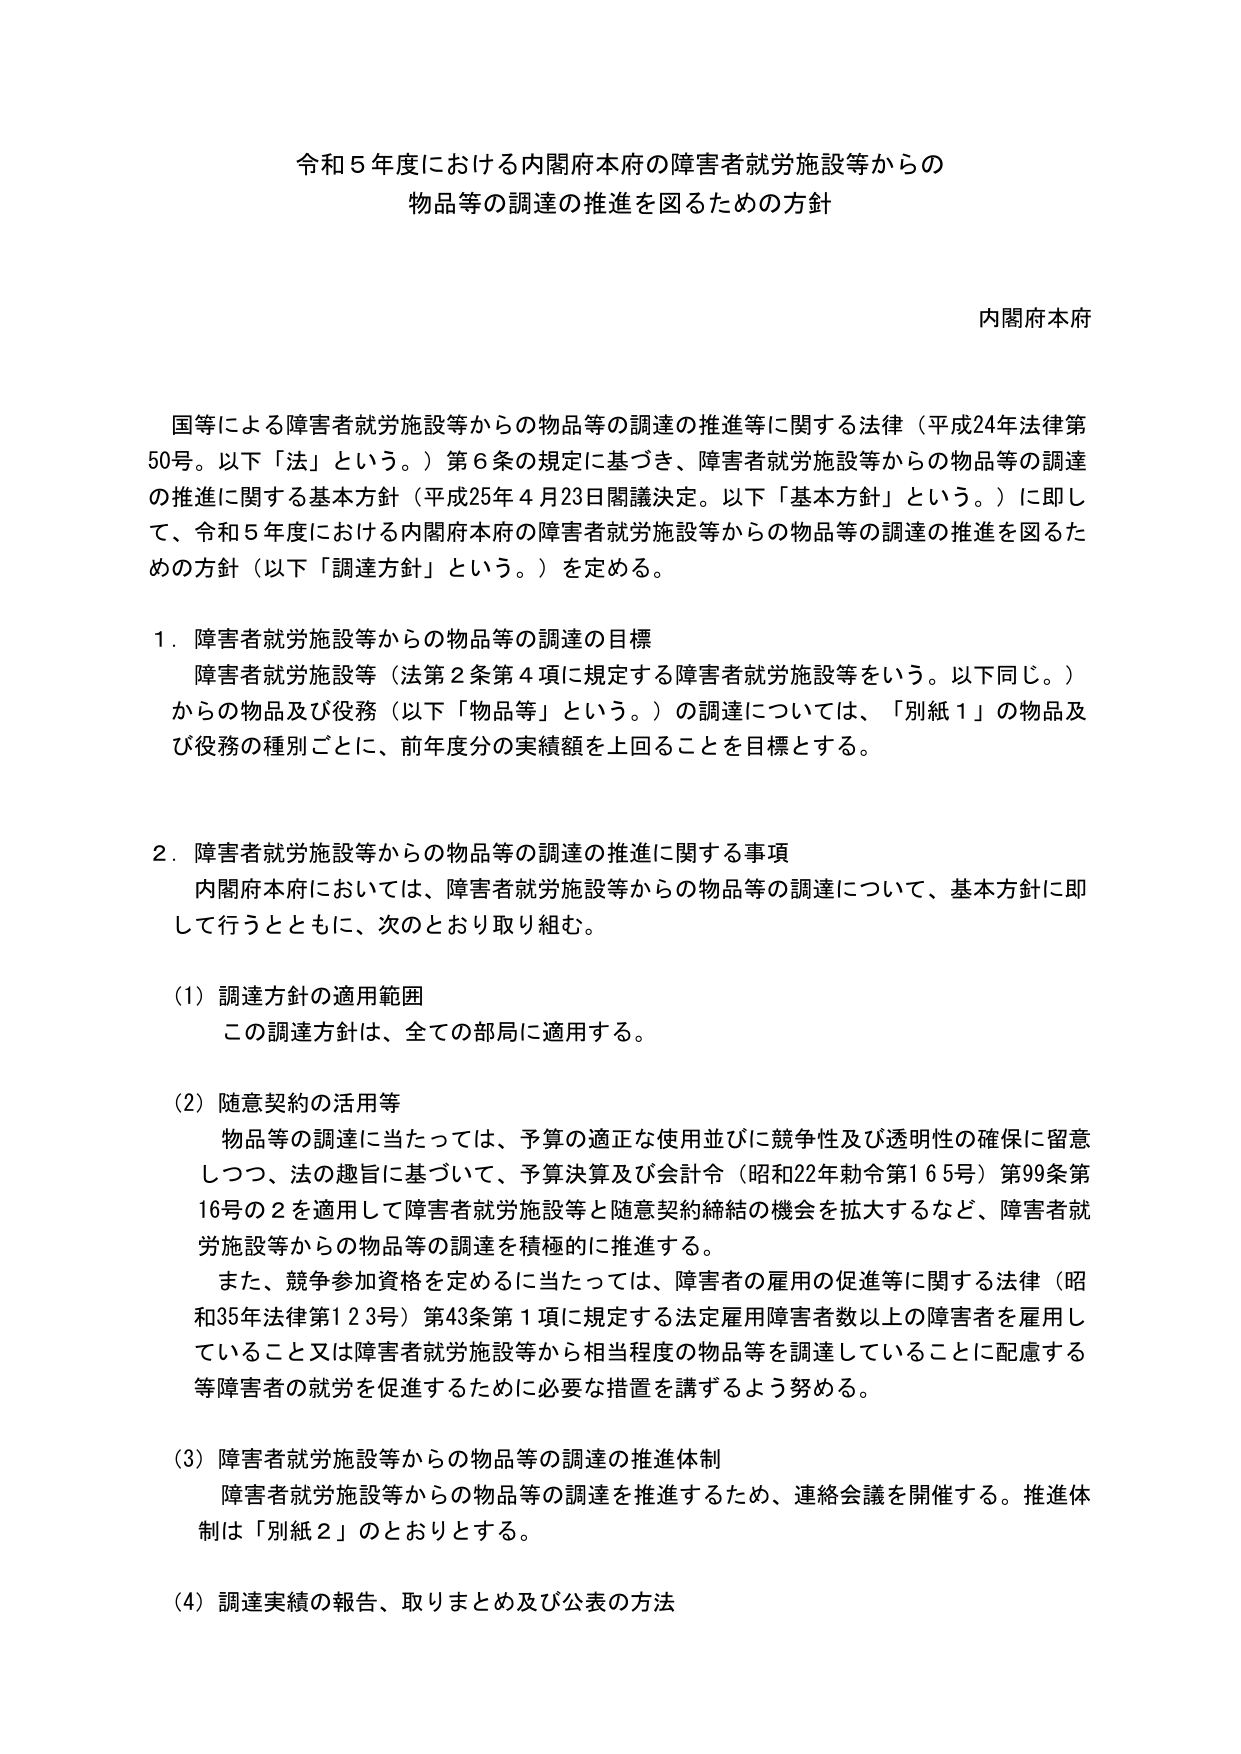
令和５年度における内閣府本府の障害者就労施設等からの
物品等の調達の推進を図るための方針

内閣府本府

国等による障害者就労施設等からの物品等の調達の推進等に関する法律（平成24年法律第
50号。以下「法」という。）第６条の規定に基づき、障害者就労施設等からの物品等の調達
の推進に関する基本方針（平成25年４月23日閣議決定。以下「基本方針」という。）に即し
て、令和５年度における内閣府本府の障害者就労施設等からの物品等の調達の推進を図るた
めの方針（以下「調達方針」という。）を定める。

１．障害者就労施設等からの物品等の調達の目標
　障害者就労施設等（法第２条第４項に規定する障害者就労施設等をいう。以下同じ。）
　からの物品及び役務（以下「物品等」という。）の調達については、「別紙１」の物品及
　び役務の種別ごとに、前年度分の実績額を上回ることを目標とする。

２．障害者就労施設等からの物品等の調達の推進に関する事項
　内閣府本府においては、障害者就労施設等からの物品等の調達について、基本方針に即
　して行うとともに、次のとおり取り組む。

（1）調達方針の適用範囲
　この調達方針は、全ての部局に適用する。

（2）随意契約の活用等
　物品等の調達に当たっては、予算の適正な使用並びに競争性及び透明性の確保に留意
　しつつ、法の趣旨に基づいて、予算決算及び会計令（昭和22年勅令第165号）第99条第
　16号の２を適用して障害者就労施設等と随意契約締結の機会を拡大するなど、障害者就
　労施設等からの物品等の調達を積極的に推進する。
　また、競争参加資格を定めるに当たっては、障害者の雇用の促進等に関する法律（昭
　和35年法律第123号）第43条第１項に規定する法定雇用障害者数以上の障害者を雇用し
　ていること又は障害者就労施設等から相当程度の物品等を調達していることに配慮する
　等障害者の就労を促進するために必要な措置を講ずるよう努める。

（3）障害者就労施設等からの物品等の調達の推進体制
　障害者就労施設等からの物品等の調達を推進するため、連絡会議を開催する。推進体
　制は「別紙２」のとおりとする。

（4）調達実績の報告、取りまとめ及び公表の方法